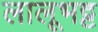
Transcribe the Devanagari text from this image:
लालूभट्ट